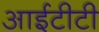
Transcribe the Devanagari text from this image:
आईटीटी